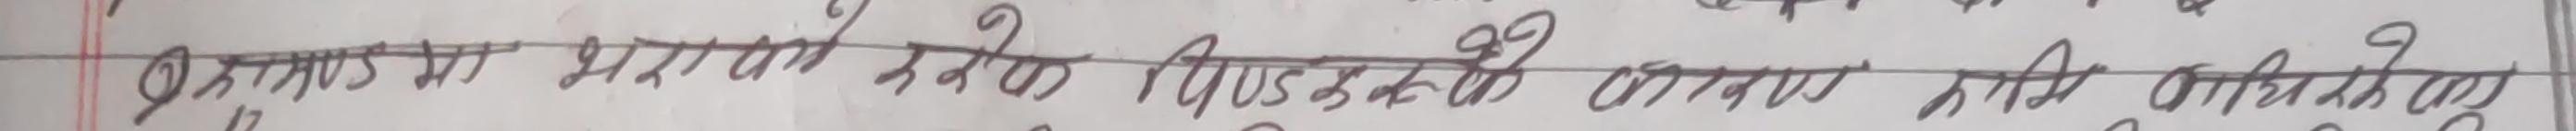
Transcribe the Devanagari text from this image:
निकाल गरी शरण परेको August को आर्थीक अभिलेखको